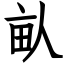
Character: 畒